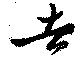
去